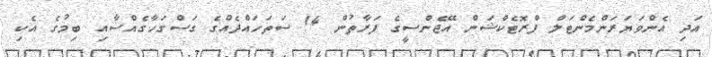
އަދި އެންވަޔަރަންމެންޓަލް ޕްރޮޓެކްޝަން އޭޖެންސީގެ ފަރާތުން 14 ސަތަހައްދެއްގެ ގަސްގަހާގެއްސާއި ބިމުގެ އެކި